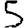
Digit: 5